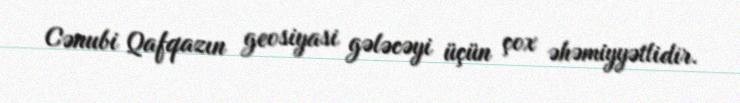
Cənubi Qafqazın geosiyasi gələcəyi üçün çox əhəmiyyətlidir.